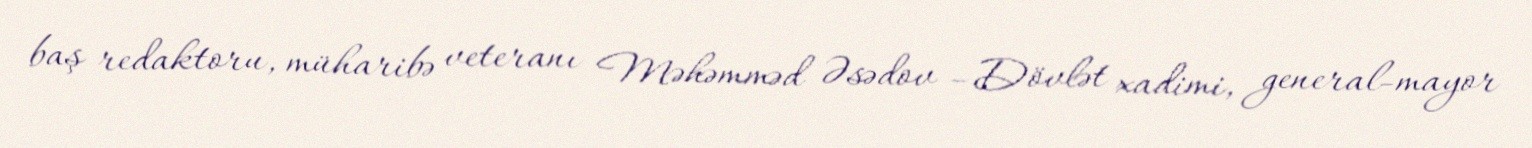
baş redaktoru, müharibə veteranı Məhəmməd Əsədov –Dövlət xadimi, general-mayor